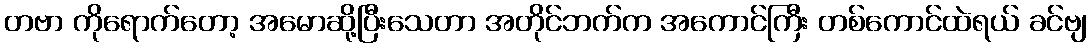
တဗာ ကိုရောက်တော့ အမောဆို့ပြီးသေတာ အတိုင်ဘက်က အကောင်ကြီး တစ်ကောင်ထဲရယ် ခင်ဗျ